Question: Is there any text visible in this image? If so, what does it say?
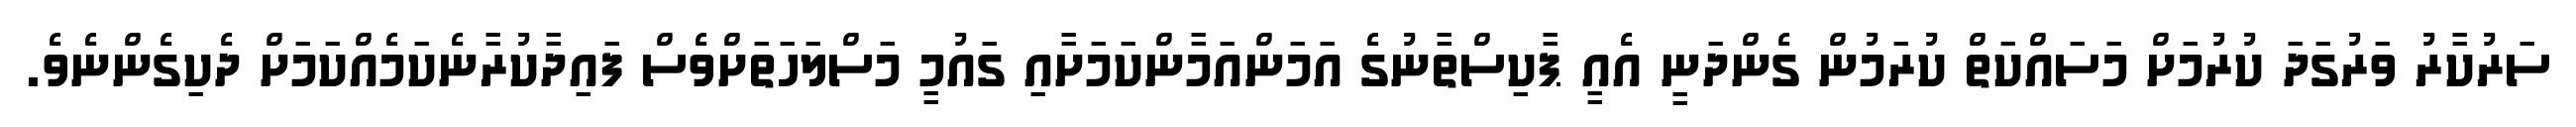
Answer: ސަރުކާރު ވަރުގަދަ ކުރުމަށް މަސައްކަތް ކުރަމުން ގެންދަނީ އެއީ ޕާކިސްތާނުގެ އަމަންއަމާންކަމަށާއި ގައުމީ މަސްލަހަތަށްވެސް ފައިދާކުރާނެކަމެއްކަމަށް ދެކިގެންނެވެ.